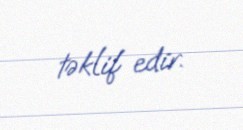
təklif edir.